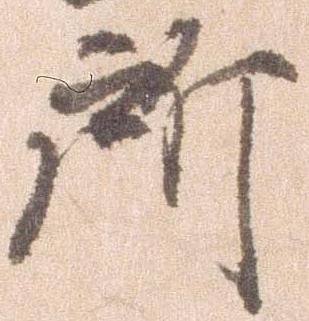
所